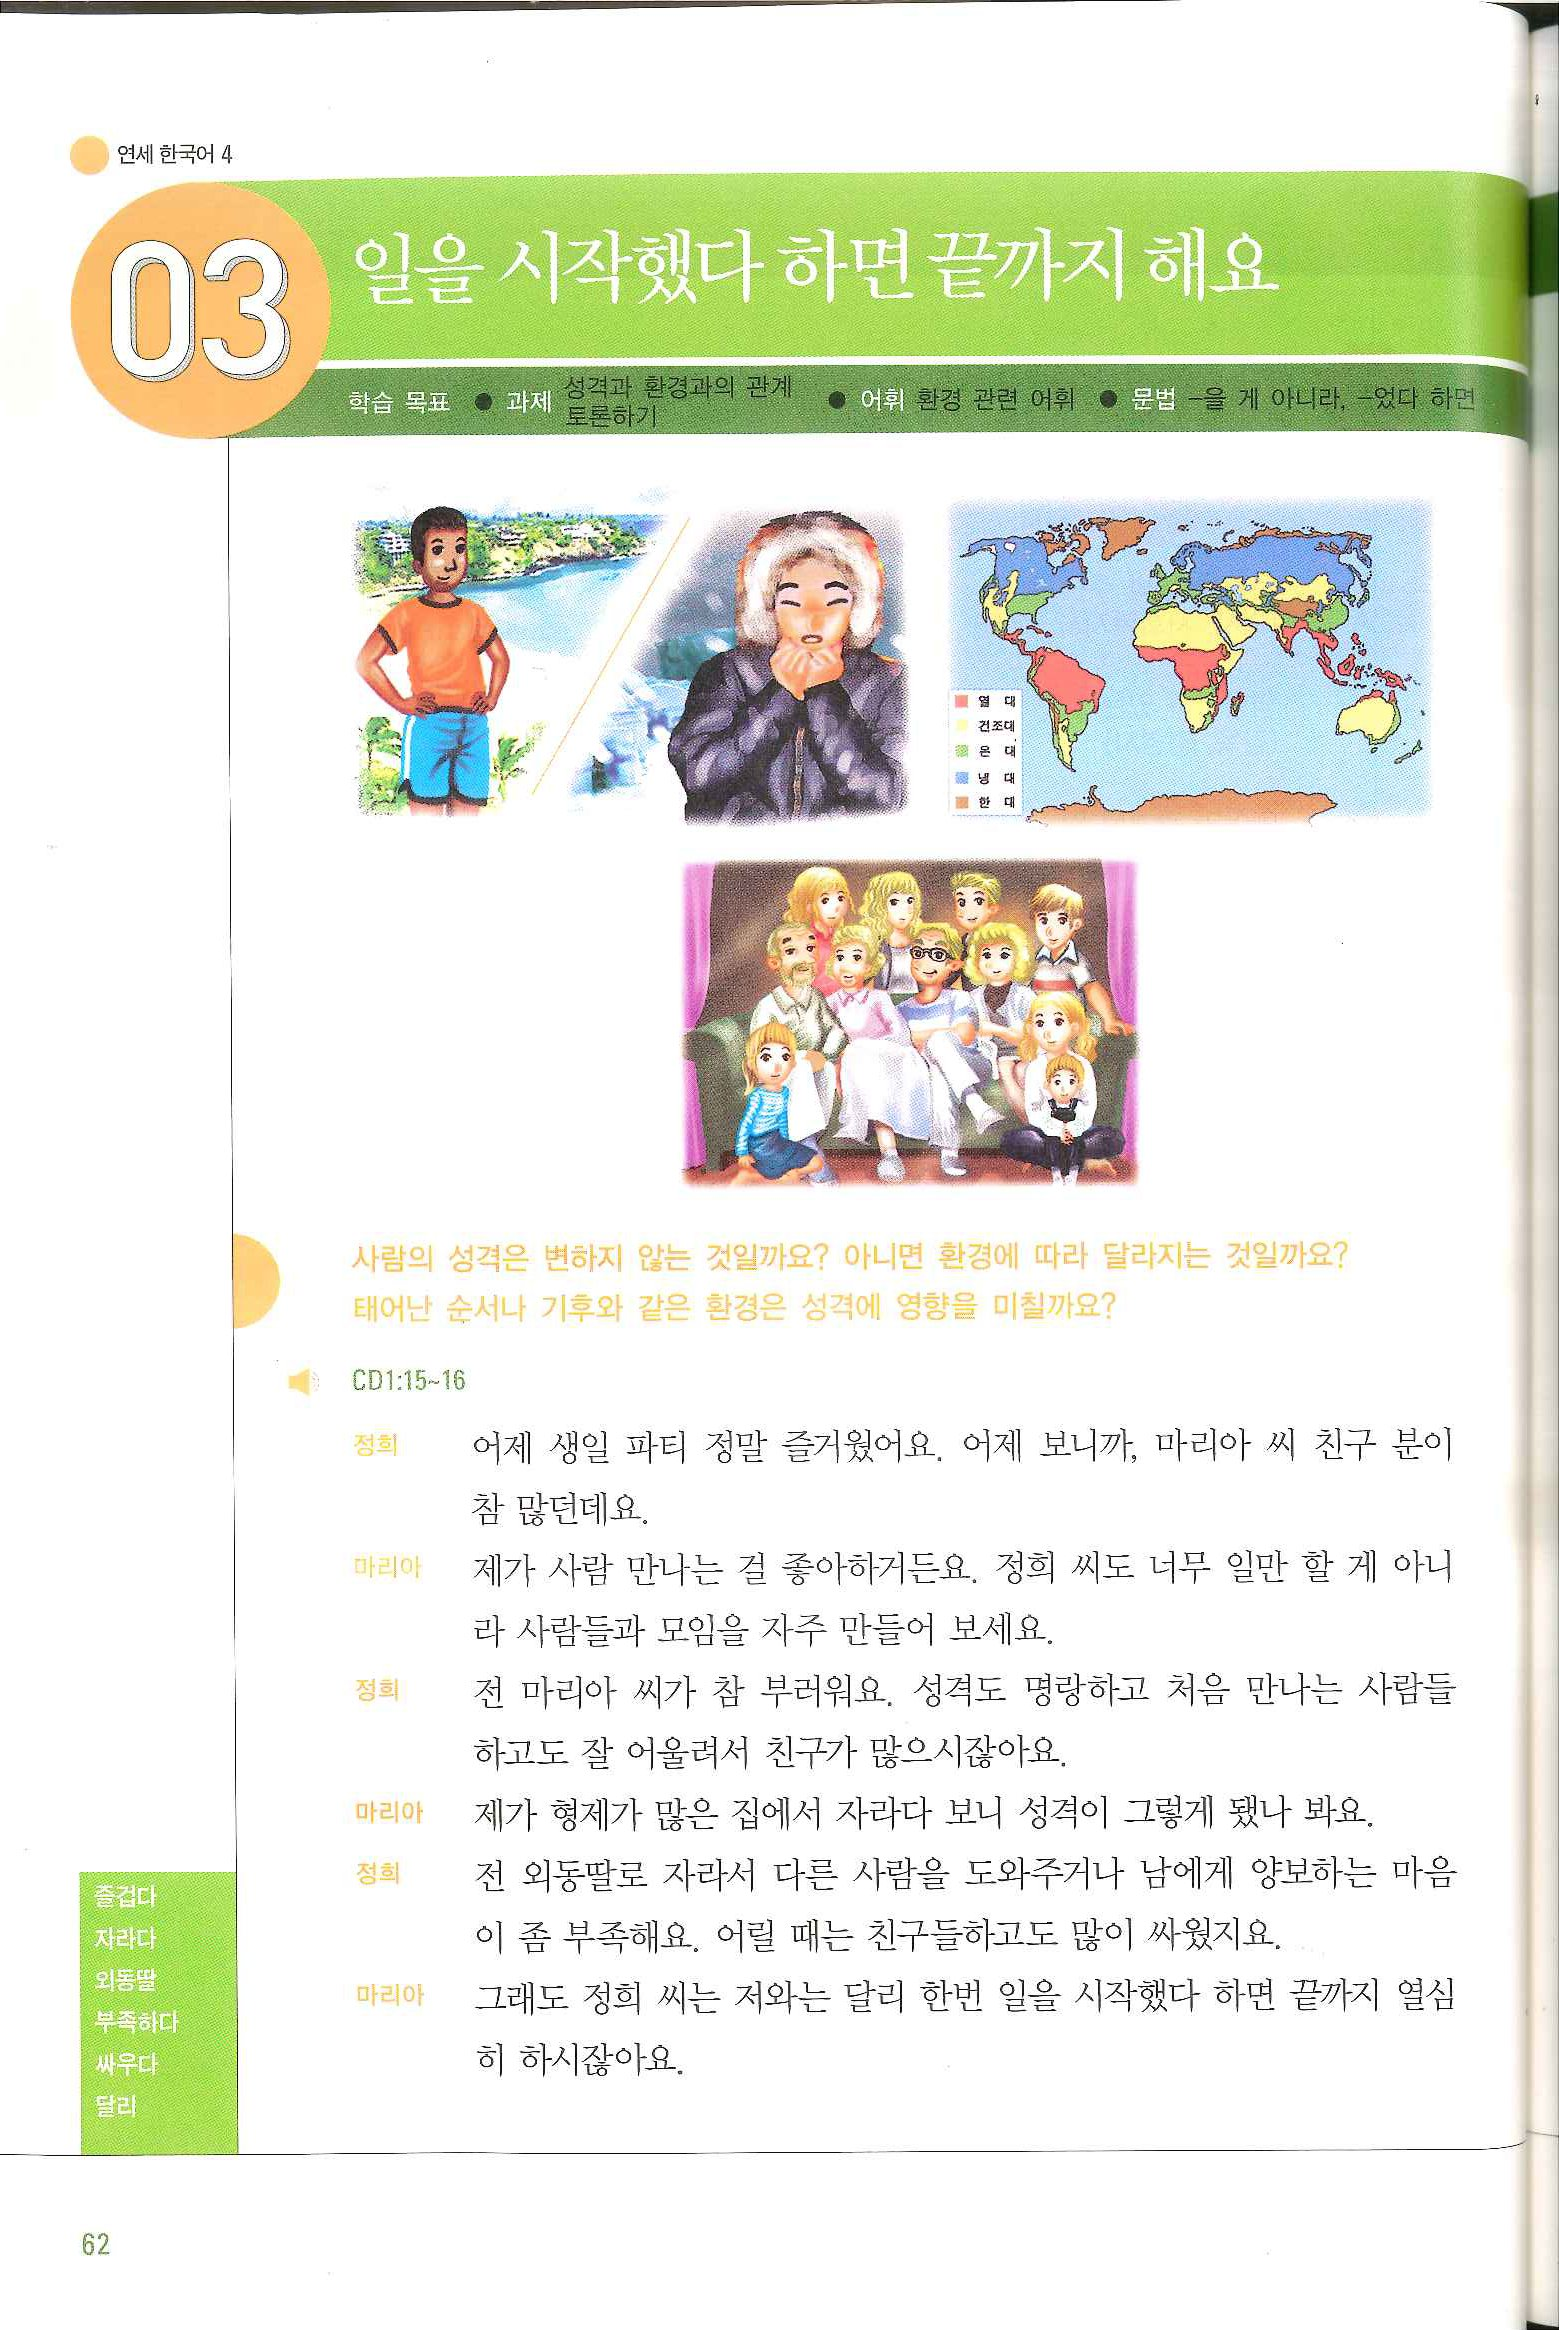
Language: ko